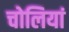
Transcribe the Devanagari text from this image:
चोलियां